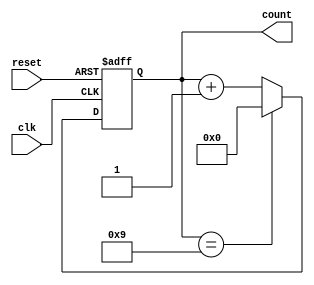
module decade_ring_counter (
    input wire clk,      // Clock input
    input wire reset,    // Asynchronous reset input
    output reg [3:0] count // 4-bit output to represent the current state
);

// Always block triggered on the rising edge of the clock or when reset is asserted
always @(posedge clk or posedge reset) begin
    if (reset) begin
        count <= 4'b0000; // Reset the counter to 0
    end else begin
        // Transition to the next state
        if (count == 4'b1001) begin
            count <= 4'b0000; // Reset to 0 after reaching 9
        end else begin
            count <= count + 1; // Increment the counter
        end
    end
end

endmodule